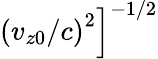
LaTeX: \left.\left(v_{z0}/c\right)^{2}\right]^{-1/2}